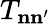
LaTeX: T_{\mathbf{n}\mathbf{n}^{\prime}}